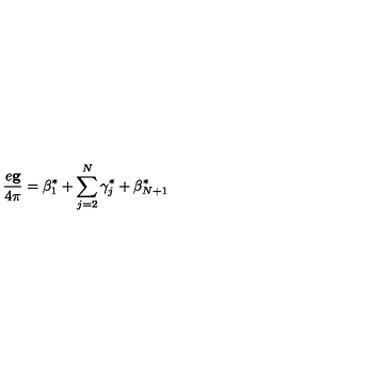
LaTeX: \frac { e { \bf g } } { 4 \pi } = { \mathrm { \boldmath \beta } } _ { 1 } ^ { * } + \sum _ { j = 2 } ^ { N } { \mathrm { \boldmath \gamma } } _ { j } ^ { * } + { \mathrm { \boldmath \beta } } _ { N + 1 } ^ { * }